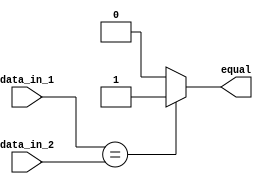
module comp(equal, data_in_1, data_in_2);

    parameter size=32;

    input [size-1:0] data_in_1, data_in_2;
    output equal;

    reg equal;

    always @(data_in_1 or data_in_2) begin
        if (data_in_1==data_in_2) equal=1;
        else equal=0;
    end

endmodule